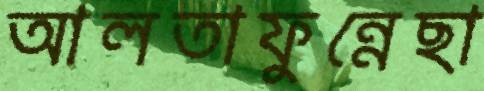
আলতাফুন্নেছা